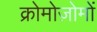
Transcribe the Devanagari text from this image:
क्रोमोज़ोमों